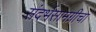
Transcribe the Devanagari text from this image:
संदर्भसामग्रीचा